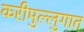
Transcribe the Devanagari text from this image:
करीमुल्लुगात